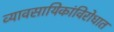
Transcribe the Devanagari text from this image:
व्यावसायिकांविरोधात